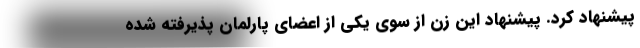
پیشنهاد کرد. پیشنهاد این زن از سوی یکی از اعضای پارلمان پذیرفته شده